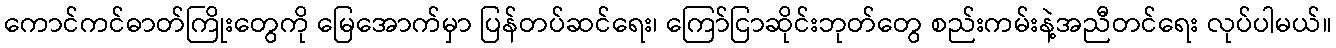
ကောင်ကင်ဓာတ်ကြိုးတွေကို မြေအောက်မှာ ပြန်တပ်ဆင်ရေး၊ ကြော်ငြာဆိုင်းဘုတ်တွေ စည်းကမ်းနဲ့အညီတင်ရေး လုပ်ပါမယ်။